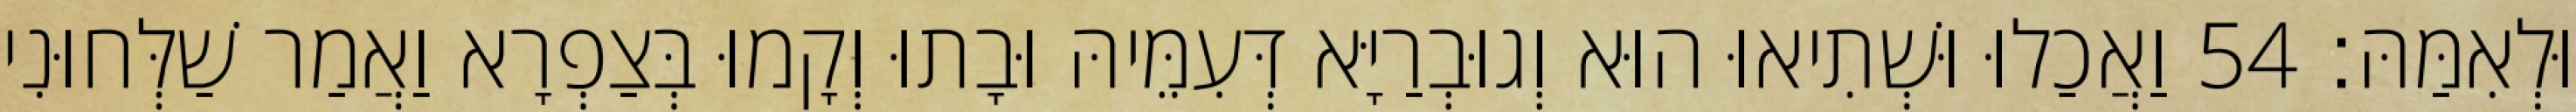
וּלְאִמַּהּ׃ 54 וַאֲכַלוּ וּשְׁתִיאוּ הוּא וְגוּבְרַיָּא דְּעִמֵּיהּ וּבָתוּ וְקָמוּ בְּצַפְרָא וַאֲמַר שַׁלְּחוּנִי